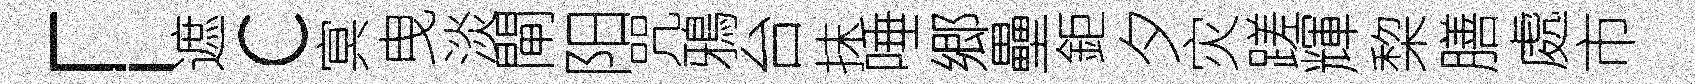
「遮c㝠曳淡閘阳咒鴉台抹唾郷壘鉅夕灾蹉輝棃膳處市